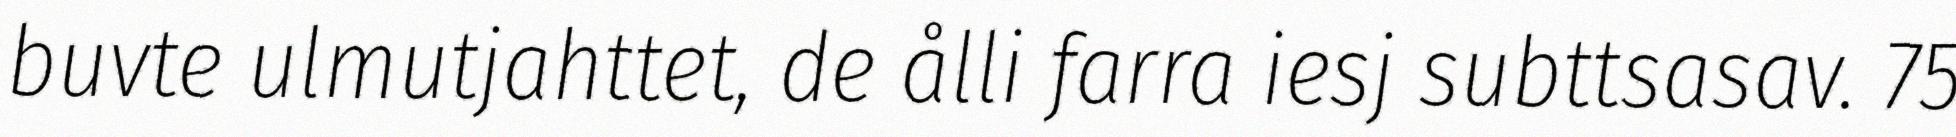
buvte ulmutjahttet, de ålli farra iesj subttsasav. 75